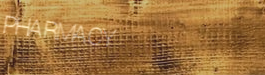
PHARMACY